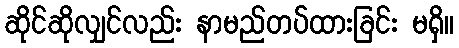
ဆိုင်ဆိုလျှင်လည်း နာမည်တပ်ထားခြင်း မရှိ။